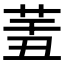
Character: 𦍟